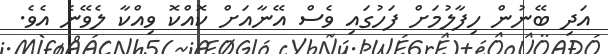
އަދި ބޭނުން ހިފާލުމަށް ފަހުގައި ވެސް އޭނާއަށް ކޮއްކޮ ވިއްކާ ލެވޭނެ އެވެ.